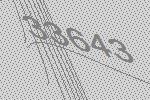
33643